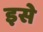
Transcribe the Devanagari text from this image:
इसे